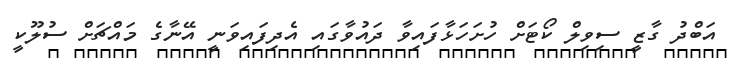
އަބްދު ގާޒީ ސިވިލް ކޯޓަށް ހުށަހަޅާފައިވާ ދައުވާގައި އެދިފައިވަނީ އޭނާގެ މައްޗަށް ސުލޫކީ